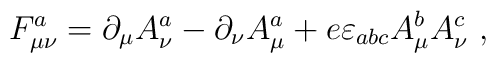
F_{\mu\nu}^{a}=\partial_{\mu}A_{\nu}^{a}-\partial_{\nu}A_{\mu}^{a}+e\varepsilon_{abc}A_{\mu}^{b}A_{\nu}^{c}\ ,